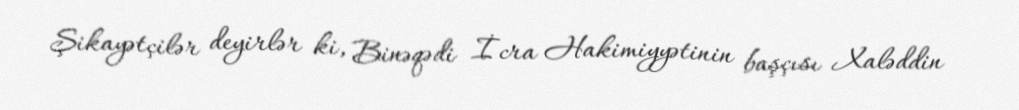
Şikayətçilər deyirlər ki, Binəqədi İcra Hakimiyyətinin başçısı Xaləddin